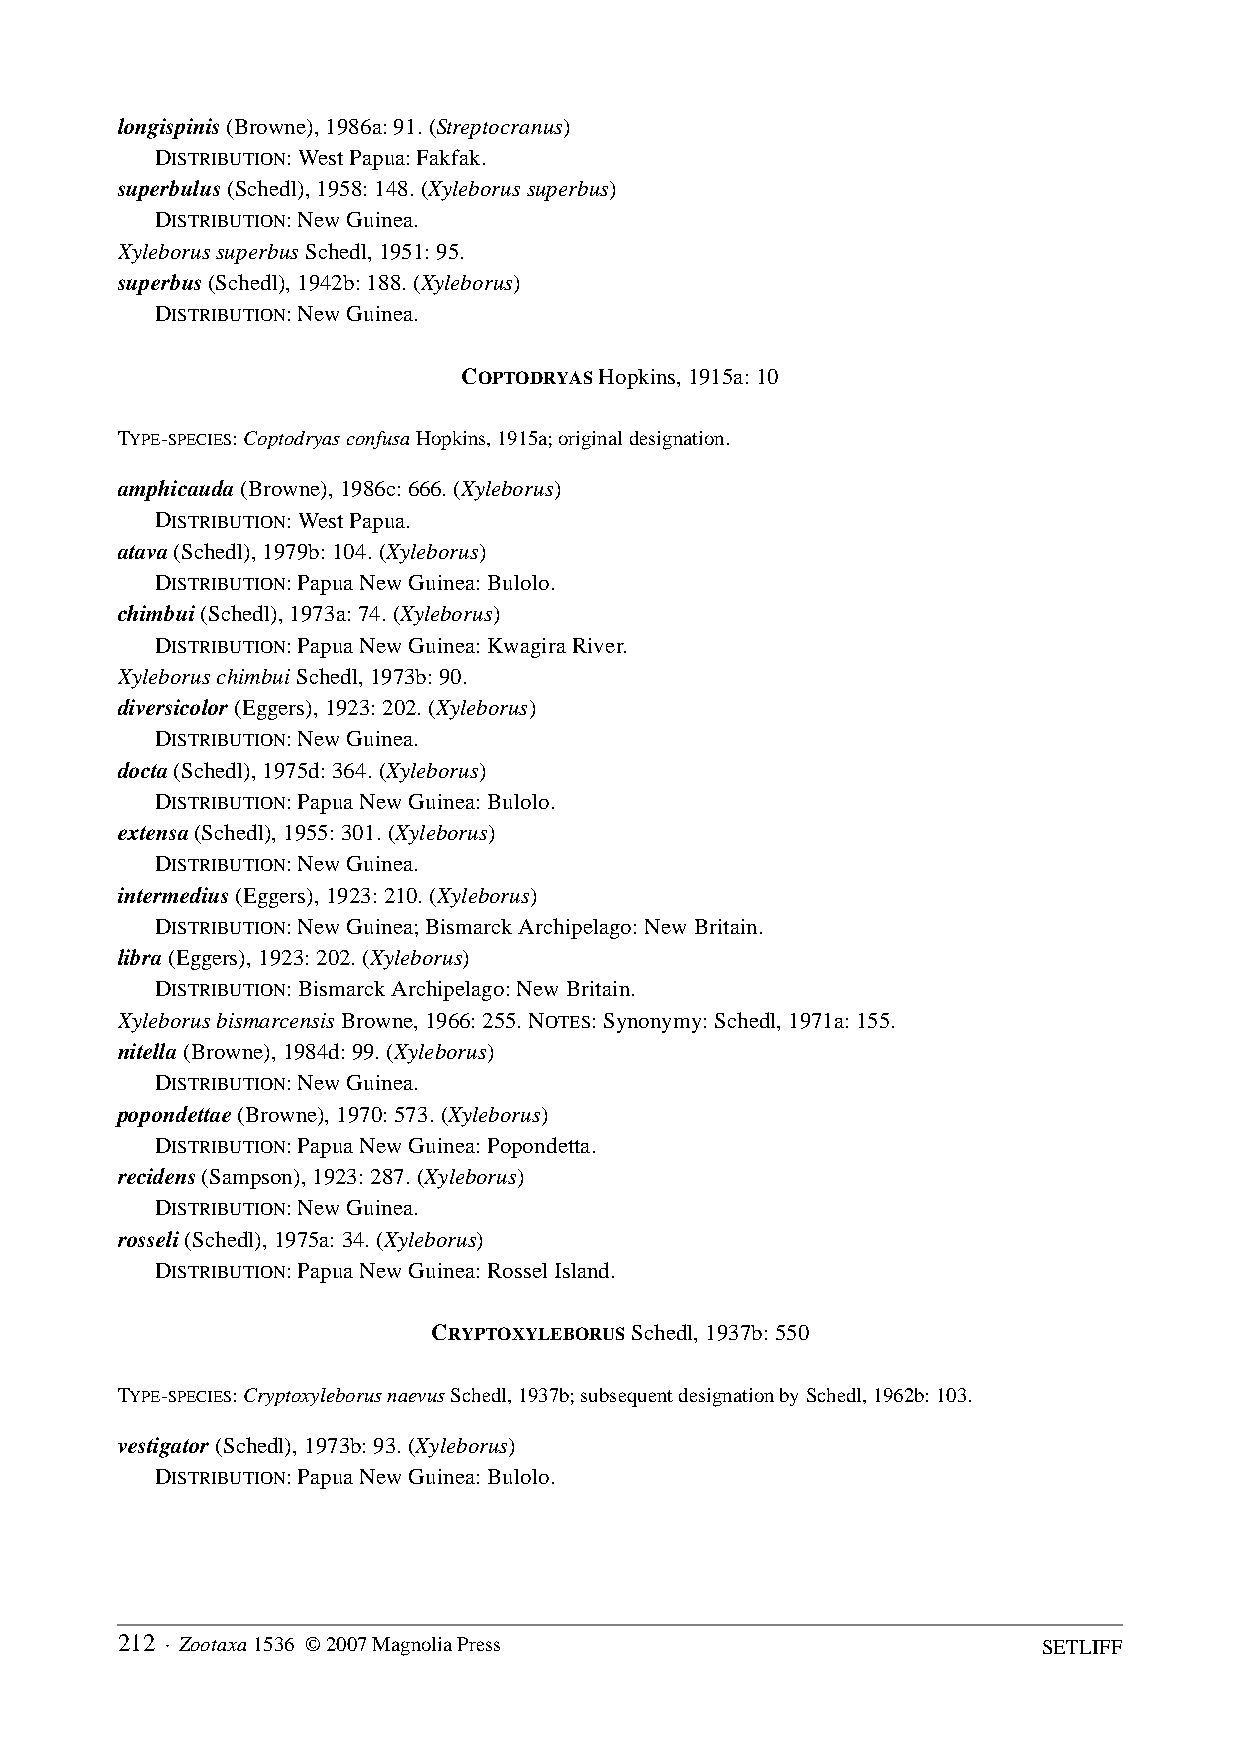
longispinis (Browne), 1986a: 91. (Streptocranus)
 DISTRIBUTION: West Papua: Fakfak.
 superbulus (Schedl), 1958: 148. (Xyleborus superbus)
 DISTRIBUTION: New Guinea.
 Xyleborus superbus Schedl, 1951: 95.
 superbus (Schedl), 1942b: 188. (Xyleborus)
 DISTRIBUTION: New Guinea.
 COPTODRYAS Hopkins, 1915a: 10
 TYPE-SPECIES: Coptodryas confusa Hopkins, 1915a; original designation.
 amphicauda (Browne), 1986c: 666. (Xyleborus)
 DISTRIBUTION: West Papua.
 atava (Schedl), 1979b: 104. (Xyleborus)
 DISTRIBUTION: Papua New Guinea: Bulolo.
 chimbui (Schedl), 1973a: 74. (Xyleborus)
 DISTRIBUTION: Papua New Guinea: Kwagira River.
 Xyleborus chimbui Schedl, 1973b: 90.
 diversicolor (Eggers), 1923: 202. (Xyleborus)
 DISTRIBUTION: New Guinea.
 docta (Schedl), 1975d: 364. (Xyleborus)
 DISTRIBUTION: Papua New Guinea: Bulolo.
 extensa (Schedl), 1955: 301. (Xyleborus)
 DISTRIBUTION: New Guinea.
 intermedius (Eggers), 1923: 210. (Xyleborus)
 DISTRIBUTION: New Guinea; Bismarck Archipelago: New Britain.
 libra (Eggers), 1923: 202. (Xyleborus)
 DISTRIBUTION: Bismarck Archipelago: New Britain.
 Xyleborus bismarcensis Browne, 1966: 255. NOTES: Synonymy: Schedl, 1971a: 155.
 nitella (Browne), 1984d: 99. (Xyleborus)
 DISTRIBUTION: New Guinea.
 popondettae (Browne), 1970: 573. (Xyleborus)
 DISTRIBUTION: Papua New Guinea: Popondetta.
 recidens (Sampson), 1923: 287. (Xyleborus)
 DISTRIBUTION: New Guinea.
 rosseli (Schedl), 1975a: 34. (Xyleborus)
 DISTRIBUTION: Papua New Guinea: Rossel Island.
 CRYPTOXYLEBORUS Schedl, 1937b: 550
 TYPE-SPECIES: Cryptoxyleborus naevus Schedl, 1937b; subsequent designation by Schedl, 1962b: 103.
 vestigator (Schedl), 1973b: 93. (Xyleborus)
 DISTRIBUTION: Papua New Guinea: Bulolo.
 212 · Zootaxa 1536 © 2007 Magnolia Press                     SETLIFF